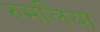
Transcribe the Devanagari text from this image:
रुमलिया